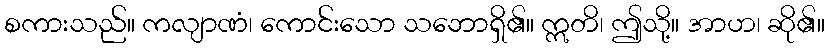
စကားသည်။ ကလျာဏံ၊ ကောင်းသော သဘောရှိ၏။ ဣတိ၊ ဤသို့။ အာဟ၊ ဆို၏။